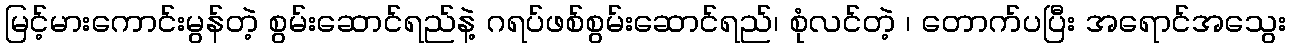
မြင့်မားကောင်းမွန်တဲ့ စွမ်းဆောင်ရည်နဲ့ ဂရပ်ဖစ်စွမ်းဆောင်ရည်၊ စုံလင်တဲ့ ၊ တောက်ပပြီး အရောင်အသွေး